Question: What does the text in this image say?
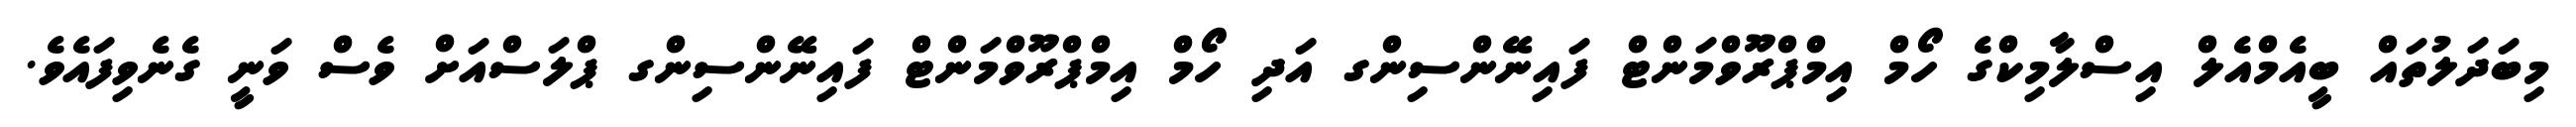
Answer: މިބަދަލުތައް ބީއެމްއެލް އިސްލާމިކްގެ ހޯމް އިމްޕްރޫވްމަންޓް ފައިނޭންސިންގ އަދި ހޯމް އިމްޕްރޫވްމަންޓް ފައިނޭންސިންގ ޕްލަސްއަށް ވެސް ވަނީ ގެނެވިފައެވެ.